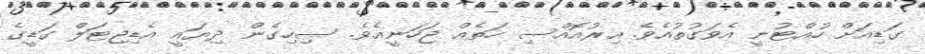
ގަޑިއަށް ހުއްޓުނީ އެވަގުތުއެވެ. އިރުއޮއްސި ހަތެއް ޖަހަނީއެވެ. ސިހިގެން ދިޔައީ އެޑިޖިޓަލް ގަޑީގެ